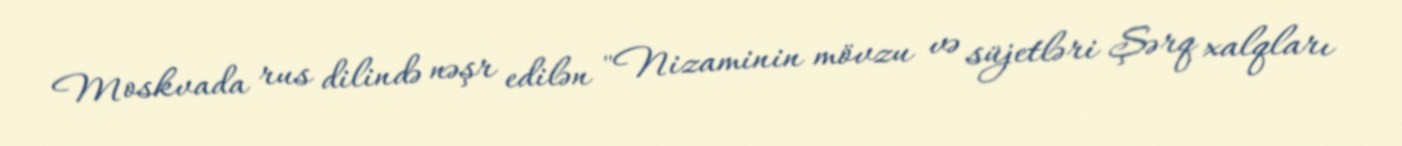
Moskvada rus dilində nəşr edilən "Nizaminin mövzu və süjetləri Şərq xalqları